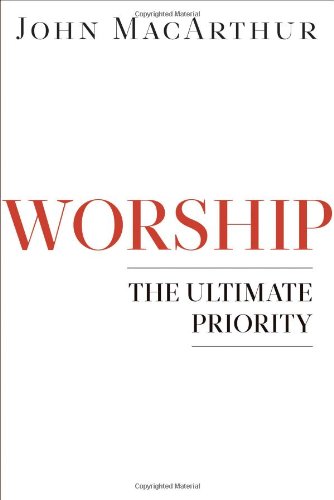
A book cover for Worship: The Ultimate Priority; John F MacArthur; Christian Books & Bibles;